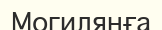
Могилянға